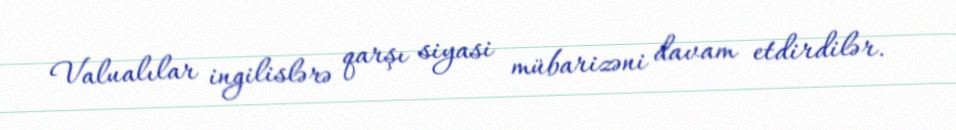
Valualılar ingilislərə qarşı siyasi mübarizəni davam etdirdilər.